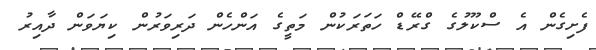
ފެށިގެން އެ ސްކޫލުގެ ގްރޭޑް ހަތަރަކުން މަތީގެ އަންހެން ދަރިވަރުން ކިޔަވަން ދާއިރު